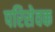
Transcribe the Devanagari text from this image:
परिसेवक